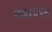
આસાપસ